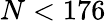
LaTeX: N<176